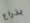
بذراع